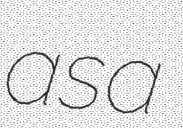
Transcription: as a